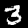
Digit: 3